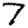
Digit: 7